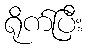
ရိုက်ပြီး